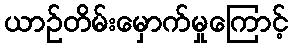
ယာဉ်တိမ်းမှောက်မှုကြောင့်